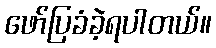
ဖော်ပြခံခဲ့ရပါတယ်။